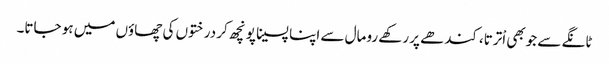
ٹانگے سے جوبھی اْترتا،کندھے پر رکھے رومال سے اپنا پسینا پونچھ کر درختوں کی چھاؤں میں ہو جاتا۔